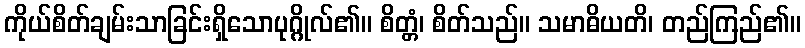
ကိုယ်စိတ်ချမ်းသာခြင်းရှိသောပုဂ္ဂိုလ်၏။ စိတ္တံ၊ စိတ်သည်။ သမာဓိယတိ၊ တည်ကြည်၏။